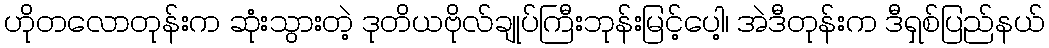
ဟိုတလောတုန်းက ဆုံးသွားတဲ့ ဒုတိယဗိုလ်ချုပ်ကြီးဘုန်းမြင့်ပေါ့၊ အဲဒီတုန်းက ဒီရှစ်ပြည်နယ်